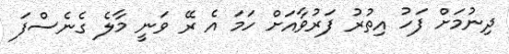
ދިނުމަށް ފަހު އިތުރު ފަރުވާއަށް ހަމަ އެ ރޭ ވަނީ މާލެ ގެނެސްފަ